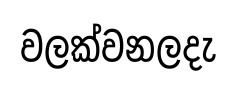
වලක්වනලදැ